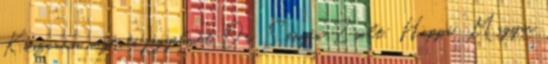
Köszönöm megértő figyelmét. Dr. Semjén Zsolt: Hoppá ” Magyar